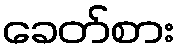
ခေတ်စား